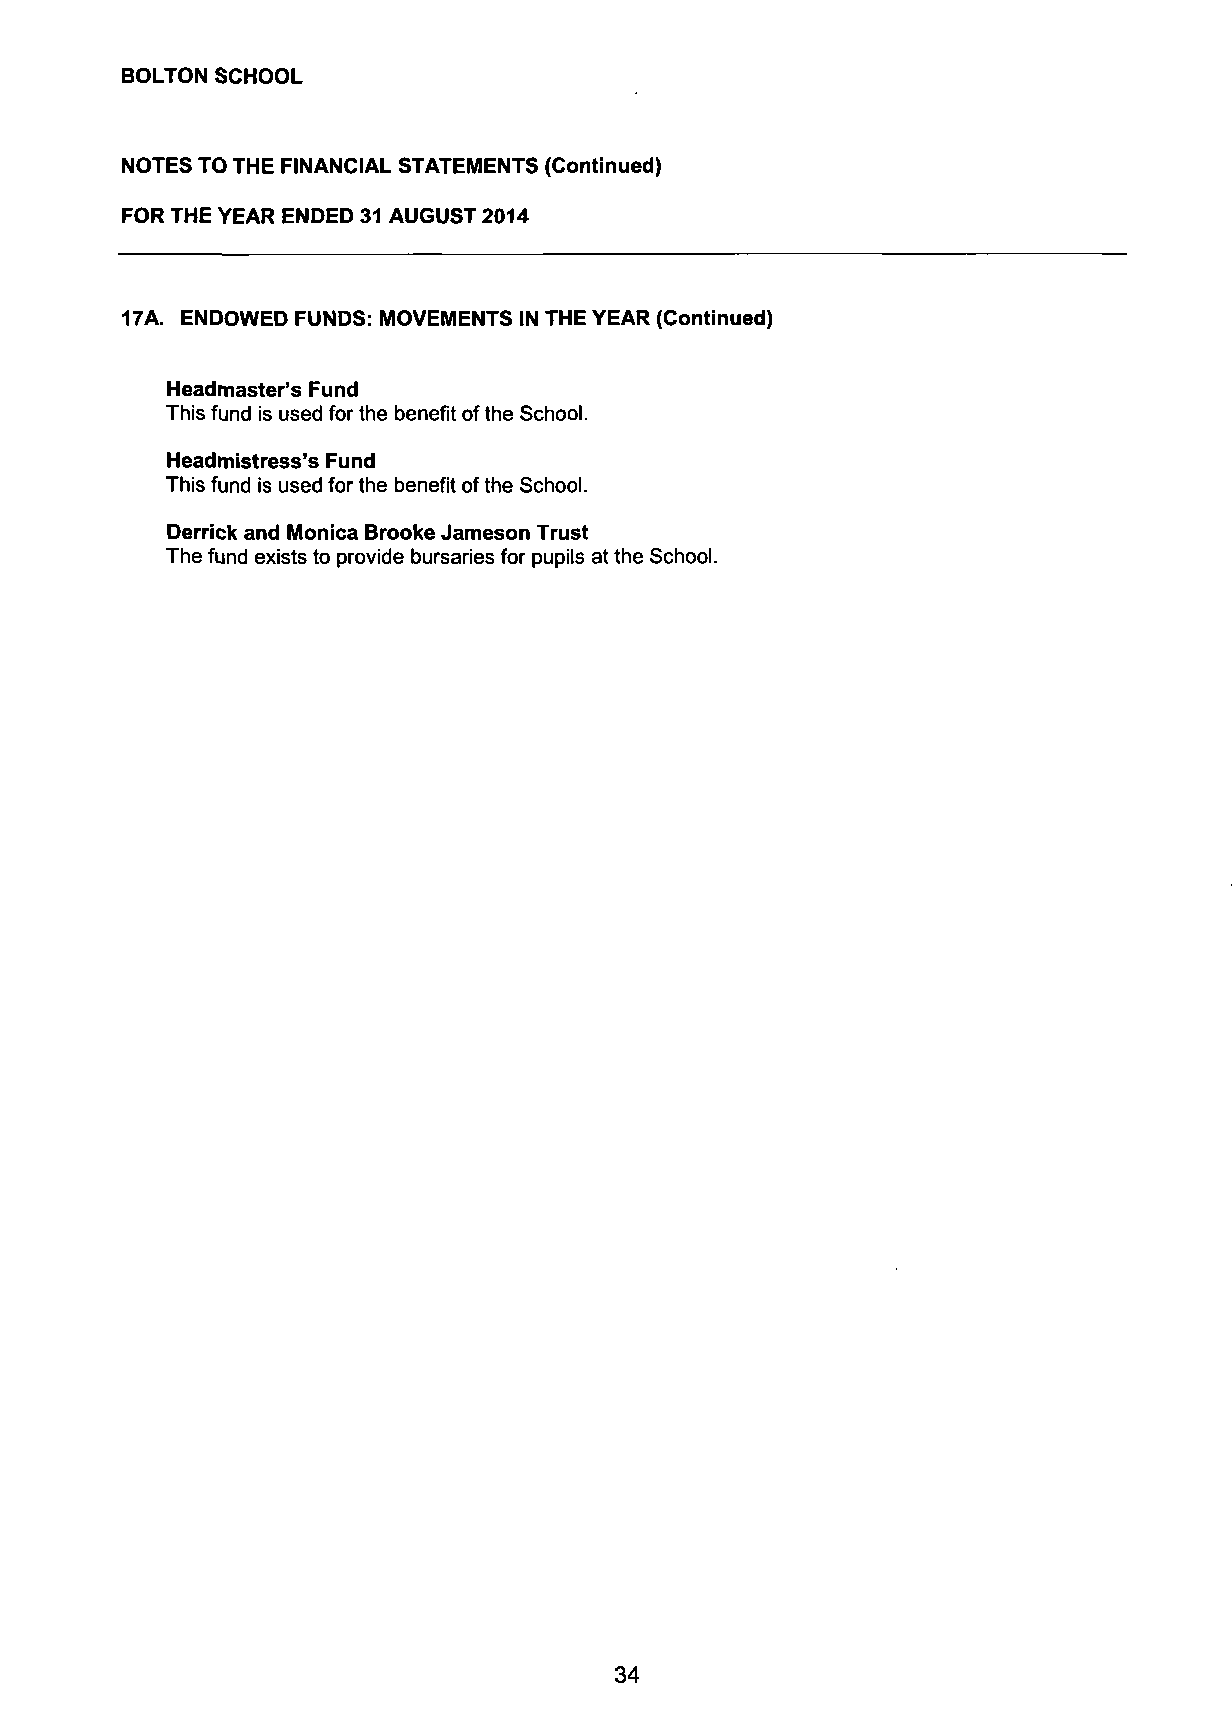
BOLTON SCHOOL
 NOTES TO THE FINANCIAL STATEMENTS (Continued)
 FOR THE YEAR ENDED 31 AUGUST 2014
 17A. ENDOWED FUNDS: MOVEMENTS IN THE YEAR (Continued)
 Headmaster's Fund
 This fund is used for the benefit of the School.
 Headmistress's Fund
 This fund is used for the benefit of the School.
 Derrick and Monica Brooke Jameson Trust
 The fund exists to provide bursaries for pupils at the School.
 34